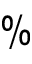
\%